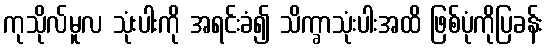
ကုသိုလ်မူလ သုံးပါးကို အရင်းခံ၍ သိက္ခာသုံးပါးအထိ ဖြစ်ပုံကိုပြခန်း